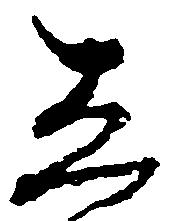
し